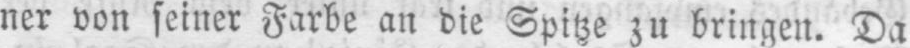
ner von seiner Farbe an die Spitze zu bringen. Da